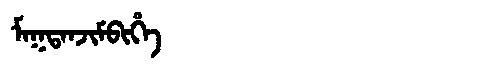
Manchu: ᠮᠠᡴᡨᠠᠨᠵᡳᠮᠪᡳᡥᡝ
Romanization: MAKTANJIMBIHE